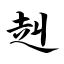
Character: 赳